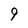
Character: 9